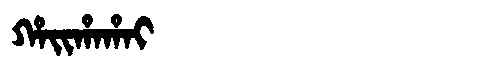
Manchu: ᡥᠠᡳᡥᠠᡥᠠᡳ
Romanization: HAIHAHAI